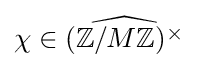
\chi \in {\widehat {(\mathbb {Z} /M\mathbb {Z} )^{\times }}}